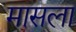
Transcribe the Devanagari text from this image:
मासला